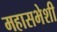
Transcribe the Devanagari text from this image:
महासभेशी